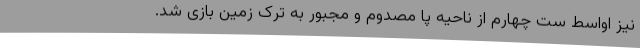
نیز اواسط ست چهارم از ناحیه پا مصدوم و مجبور به ترک زمین بازی شد.